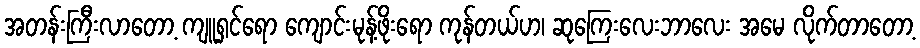
အတန်းကြီးလာတော့ ကျူရှင်ရော ကျောင်းမုန့်ဖိုးရော ကုန်တယ်ဟ၊ ဆုကြေးလေးဘာလေး အမေ လိုက်တာတော့